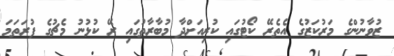
ޒުވާނުންގެ މަރުކަޒުގެ އެތެރޭ ކޯޓުގައި ކުރިއަށްދާ މުބާރާތުގައި ރޭ ކުޅުނު މެޗުގެ ފުރަތަމަ